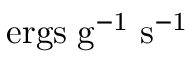
\mathrm { e r g s \; g ^ { - 1 } \; s ^ { - 1 } }